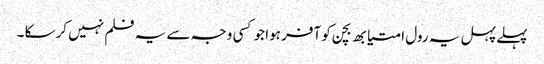
پہلے پہل یہ رول امتیابھ بچن کو آفر ہوا جو کسی وجہ سے یہ فلم نہیں کرسکا ۔